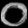
Digit: ၀